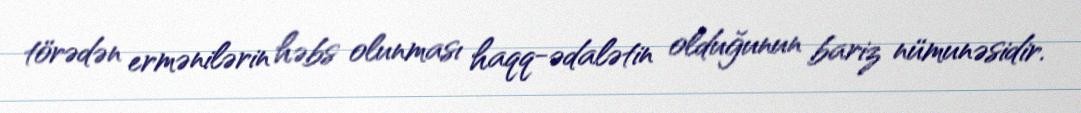
törədən ermənilərin həbs olunması haqq-ədalətin olduğunun bariz nümunəsidir.